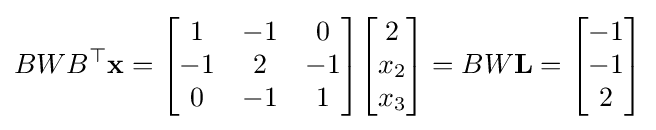
BWB^{\top }\mathbf {x} ={\begin{bmatrix}1&-1&0\\-1&2&-1\\0&-1&1\end{bmatrix}}{\begin{bmatrix}2\\x_{2}\\x_{3}\end{bmatrix}}=BW\mathbf {L} ={\begin{bmatrix}-1\\-1\\2\end{bmatrix}}